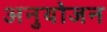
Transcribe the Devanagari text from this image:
अनुयोजन